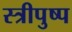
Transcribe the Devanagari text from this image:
स्त्रीपुष्प